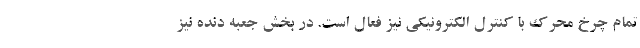
تمام چرخ محرک با کنترل الکترونیکی نیز فعال است. در بخش جعبه دنده نیز